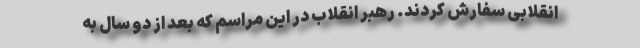
انقلابی سفارش کردند. رهبر انقلاب در این مراسم که بعد از دو سال به